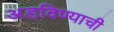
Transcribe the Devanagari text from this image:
अडविण्याची